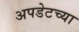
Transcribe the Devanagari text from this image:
अपडेटच्या